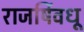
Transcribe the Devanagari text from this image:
राजर्षिवधू